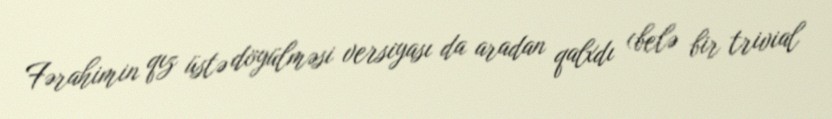
Fərahimin qız üstə döyülməsi versiyası da aradan qalxdı (belə bir trivial